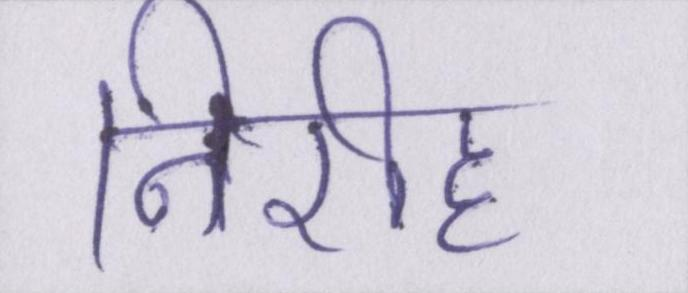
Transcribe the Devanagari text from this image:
निरीह